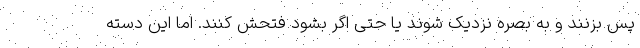
پس بزنند و به بصره نزدیک شوند یا حتی اگر بشود فتحش کنند. اما این دسته